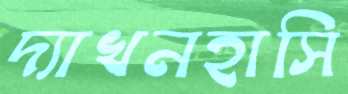
দ্যাখনহাসি